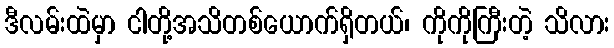
ဒီလမ်းထဲမှာ ငါတို့အသိတစ်ယောက်ရှိတယ်၊ ကိုကိုကြီးတဲ့ သိလား